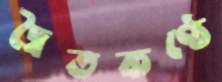
দ্বৈতকণ্ঠে